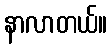
နာလာတယ်။